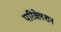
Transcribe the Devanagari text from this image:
परिक्लेशन